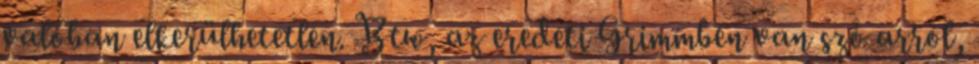
valóban elkerülhetetlen. Btw, az eredeti Grimmben van szó arról,